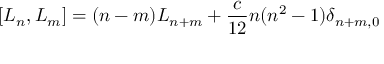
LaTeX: [ L _ { n } , L _ { m } ] = ( n - m ) L _ { n + m } + \frac { c } { 1 2 } n ( n ^ { 2 } - 1 ) \delta _ { n + m , 0 }